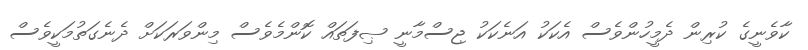
ކާވެނީގެ ކުރިން ދެމީހުންވެސް އެކަކު އަނެކަކު ޖިސްމާނީ ޞިފަތައް ކޮންމެވެސް މިންވަރަކަށް ދެނެގަތުމަކީވެސް